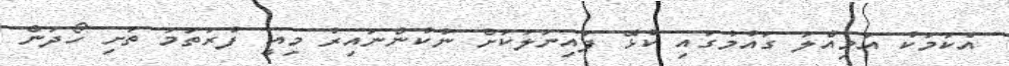
އެކަމަކު އަމިއްލަ ގައުމުގައި ކުޅޭ ފައިނަލަކަށް ނުކުންނައިރު މިއީ ފުރަތަމަ ތަށި ހޯދަން